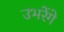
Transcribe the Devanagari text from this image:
उभरेंगे